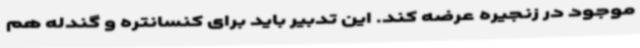
موجود در زنجیره عرضه کند. این تدبیر باید برای کنسانتره و گندله هم